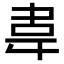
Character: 𮧰